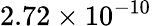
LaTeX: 2.72\times 10^{-10}